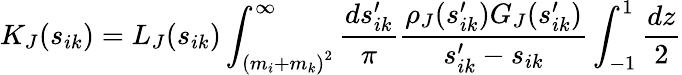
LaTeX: K_{J}(s_{ik})=L_{J}(s_{ik})\int_{{(m_{i}+m_{k})}^{2}}^{\infty}\frac{ds_{ik}^{\prime}}{\pi}\frac{{\rho}_{J}(s_{ik}^{\prime})G_{J}(s_{ik}^{\prime})}{s_{ik}^{\prime}-s_{ik}}\int_{-1}^{1}\frac{dz}{2}